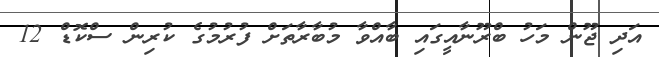
އަދި ޖޫން މަހު ބްރޫނާއީގައި ބާއްވާ މުބާރާތަށް ފުރުމުގެ ކުރިން ސްކޮޑް 12